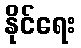
နိုင်ရေး